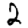
Digit: 2